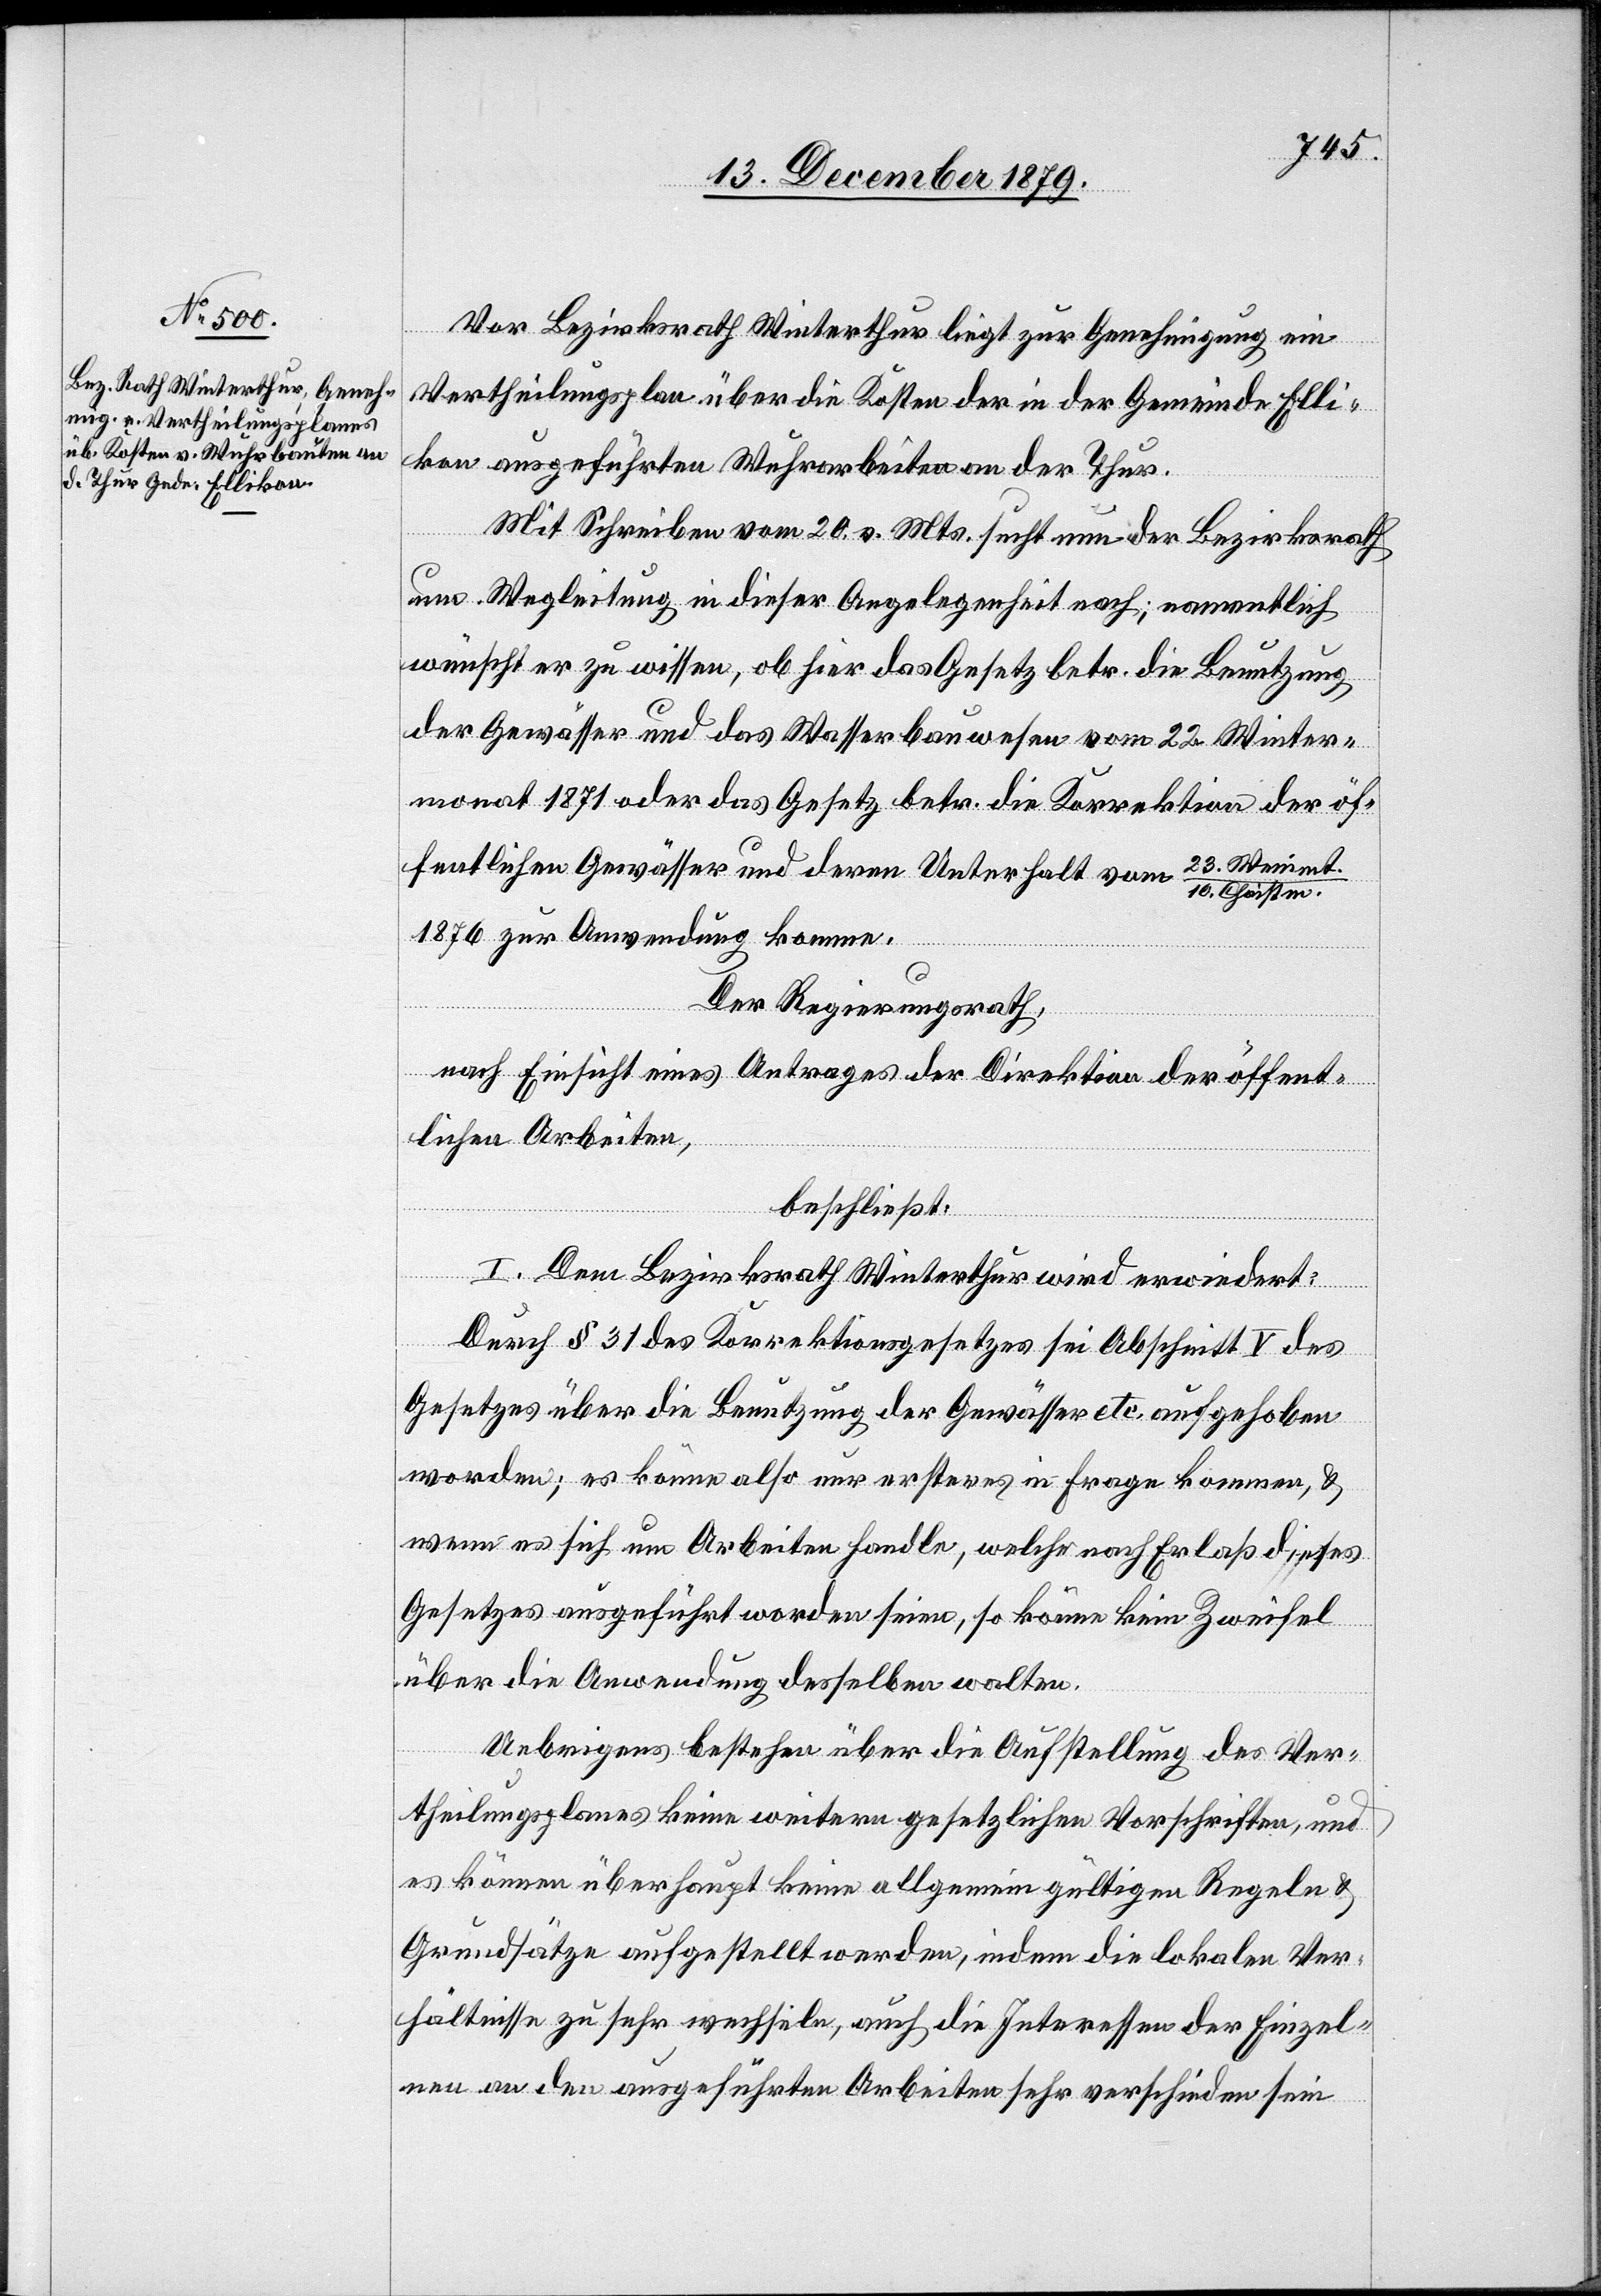
Vor Bezirksrath Winterthur liegt zur Genehmigung ein
Vertheilungsplan über die Kosten der in der Gemeinde Elli¬
kon ausgeführten Wuhrarbeiten an der Thur.
Mit Schreiben vom 20. v. Mts. sucht nun der Bezirksrath
um Wegleitung in dieser Angelegenheit nach; namentlich
wünscht er zu wissen, ob hier das Gesetz betr. die Benutzung
der Gewässer und das Wasserbauwesen vom 22. Winter¬
monat 1871 oder das Gesetz betr. die Korrektion der öf¬
fentlichen Gewässer und deren Unterhalt vom 23. Weinm¬
t./10. Christm.
1876 zur Anwendung komme.
Der Regierungsrath,
nach Einsicht eines Antrages der Direktion der öffent¬
lichen Arbeiten,
beschließt:
I. Dem Bezirksrath Winterthur wird erwiedert:
Durch § 31 des Korrektionsgesetzes sei Abschnitt V des
Gesetzes über die Benützung der Gewässer etc. aufgehoben
worden; es könne also nur ersteres in Frage kommen, &
wenn es sich um Arbeiten handelt, welche nach Erlaß dieses
Gesetzes ausgeführt worden seien, so könne kein Zweifel
über die Anwendung desselben walten.
Uebrigens bestehen über die Aufstellung des Ver¬
theilungsplanes keine weitern gesetzlichen Vorschriften, und
es können überhaupt keine allgemeingültigen Regeln &
Grundsätze aufgestellt werden, indem die lokalen Ver¬
hältnisse zu sehr wechseln, auch die Interessen der Einzel¬
nen an den ausgeführten Arbeiten sehr verschieden sein